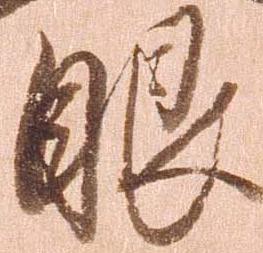
眼